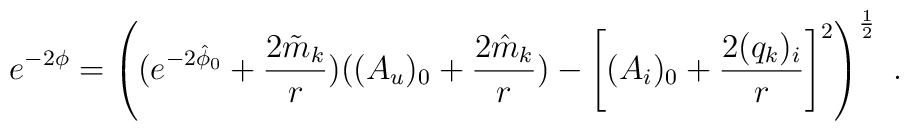
e^{-2\phi}= \left((e^{-2\hat \phi_0} +  {2\tilde m_k\over r}) ( (A_u)_0 + {2\hat m_k\over r}) -\left[(A_i)_0 + {2 (q_k)_i \over r}\right ]^2\right)^{1\over2} \ .